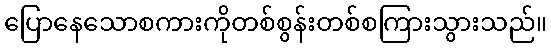
ပြောနေသောစကားကိုတစ်စွန်းတစ်စကြားသွားသည်။